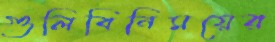
গুলিবিনিময়ের